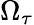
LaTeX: \Omega_{\tau}